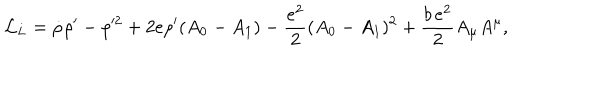
{ \cal L } _ { L } = \dot { \rho } \rho ^ { \prime } - \rho ^ { 2 } + 2 e \rho ^ { \prime } ( A _ { 0 } - A _ { 1 } ) - { \frac { e ^ { 2 } } { 2 } } ( A _ { 0 } - A _ { 1 } ) ^ { 2 } + \frac { b \, e ^ { 2 } } { 2 } A _ { \mu } A ^ { \mu } ,